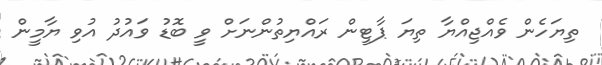
ތިޔަހެން ވެއްޖިއްޔާ ތިޔަ ޕާޓީން ރައްޔިތުންނަށް ވީ ބޮޑު ވައުދު އުވި ޔާމީން